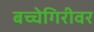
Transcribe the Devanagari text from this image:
बच्चेगिरीवर